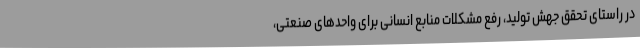
در راستای تحقق جهش تولید، رفع مشکلات منابع انسانی برای واحدهای صنعتی،